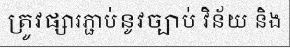
ត្រូវផ្សារភ្ជាប់នូវច្បាប់ វិន័យ និង